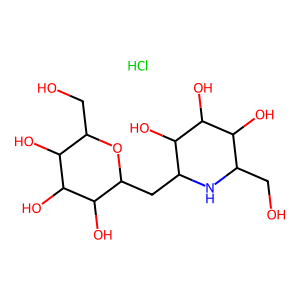
SMILES: Cl.OCC1NC(CC2OC(CO)C(O)C(O)C2O)C(O)C(O)C1O
Inhibits HIV replication: No